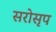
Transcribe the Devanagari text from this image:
सरोसृप